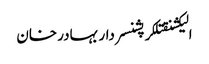
الیکشنقتلکرپشنسردار بہادر خان